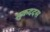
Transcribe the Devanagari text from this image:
मुकददस